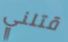
قتلني